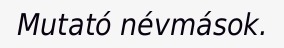
Mutató névmások.